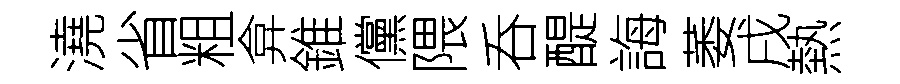
澆省粗弇錐儻隈呑醍誨萎戌熱